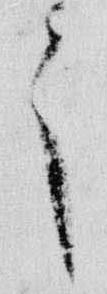
々